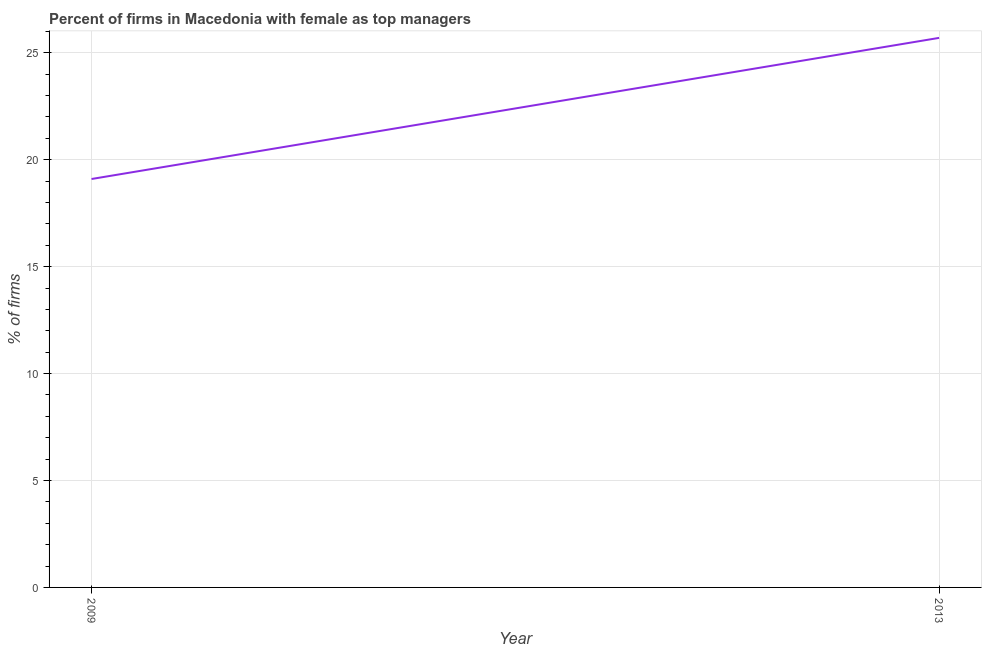
| Year | Firms with female top manager |
 | --- | --- |
 | 2009 | 19.1 |
 | 2013 | 25.7 |